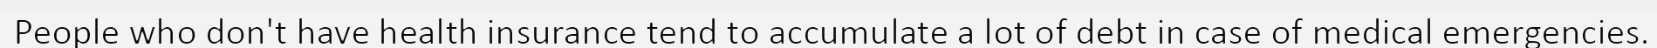
People who don't have health insurance tend to accumulate a lot of debt in case of medical emergencies.